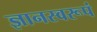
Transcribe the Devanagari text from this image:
ज्ञानस्वरूपं